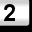
Digit: 2